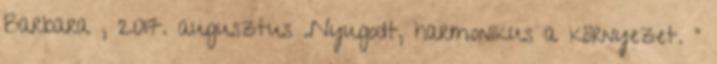
Barbara , 2017. augusztus „Nyugodt, harmonikus a környezet. ”